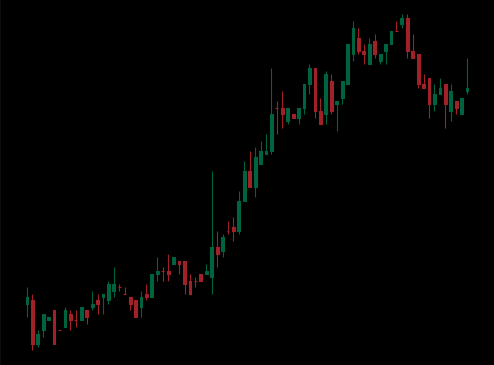
Pattern: bear_flag